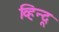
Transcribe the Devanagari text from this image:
व्हिन्दू